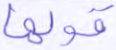
قولها